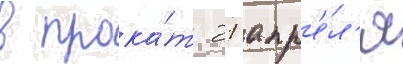
в прока́т 21 апр'е́л'я